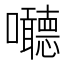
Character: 𱕱